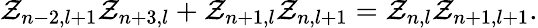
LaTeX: \mathcal{Z}_{n-2,l+1}\mathcal{Z}_{n+3,l}+\mathcal{Z}_{n+1,l}\mathcal{Z}_{n,l+1}=\mathcal{Z}_{n,l}\mathcal{Z}_{n+1,l+1}.